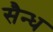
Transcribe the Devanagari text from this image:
सैन्ध